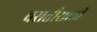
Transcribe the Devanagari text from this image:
वसतीसाठी